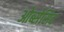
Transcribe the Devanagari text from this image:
ओब्सेसिव